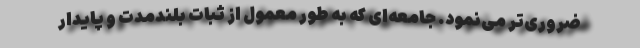
ضروری‌تر می‌نمود. جامعه‌ای که به طور معمول از ثبات بلندمدت و پایدار